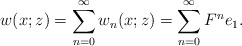
\begin{align*}&w(x;z)= \sum_{n=0}^\infty w_n(x;z)=\sum_{n=0}^\infty F^ne_1.\end{align*}